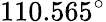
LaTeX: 110.565^{\circ}